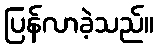
ပြန်လာခဲ့သည်။